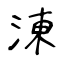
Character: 涷